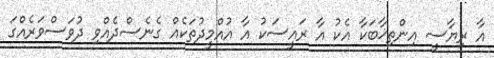
އާ ރިޔާސީ އިންތިޚާބަކާ އެކު އާ ރައީސަކު އާ އުއްމީދުތަކެއް ގެނެސްދެއްވި ދުވަސްވަރެއްގަ